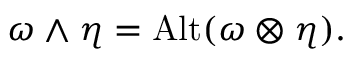
\omega \wedge \eta = \operatorname { A l t } ( \omega \otimes \eta ) .